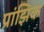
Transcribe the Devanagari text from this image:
प्रांझिक